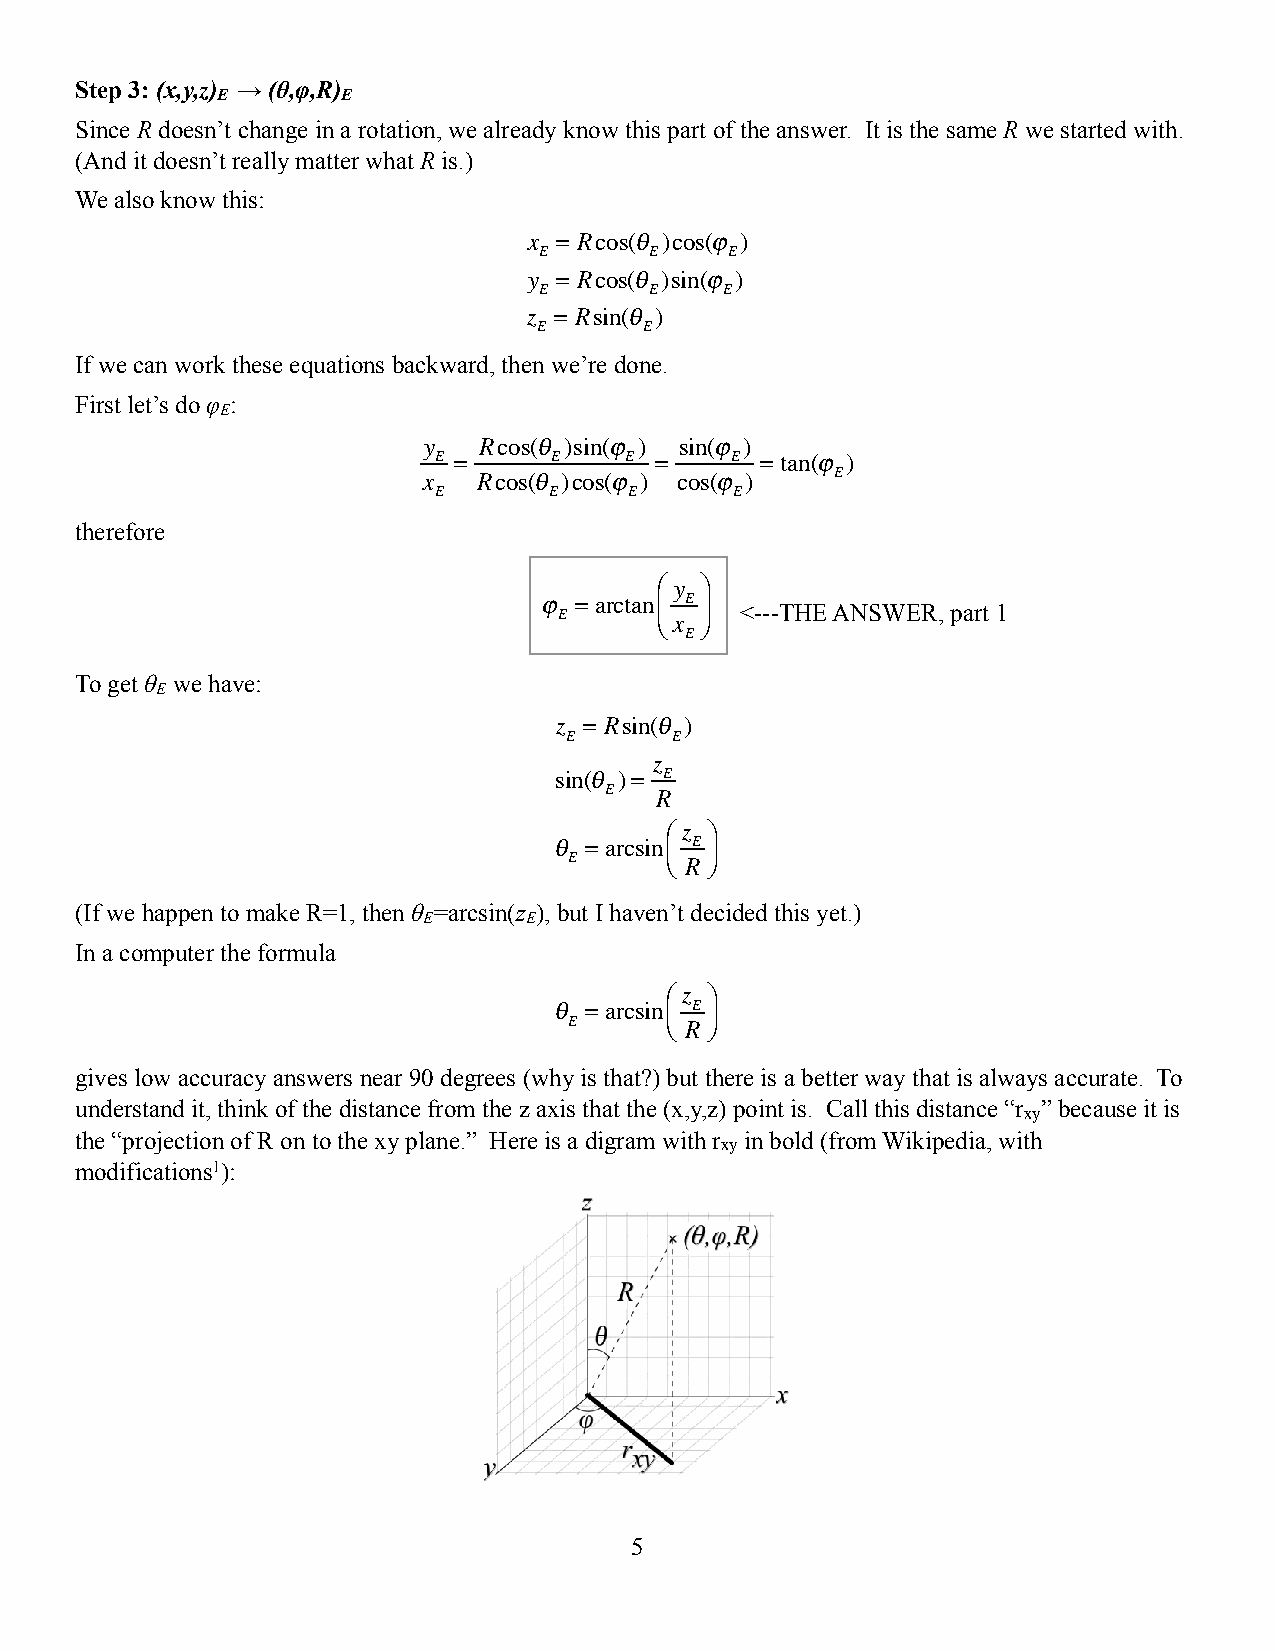
Step 3: (x,y,z) → (θ,φ,R)
 E        E
 Since R doesn’t change in a rotation, we already know this part of the answer. It is the same R we started with.
 (And it doesn’t really matter what R is.)
 We also know this:
 x = Rcos(θ )cos(ϕ )
 E      E    E
 y = Rcos(θ )sin(ϕ )
 E      E    E
 z = Rsin(θ )
 E      E
 If we can work these equations backward, then we’re done.
 First let’s do φ :
 E
 y   Rcos(θ )sin(ϕ ) sin(ϕ )
 E =    E    E =    E = tan(ϕ )
 x   Rcos(θ )cos(ϕ ) cos(ϕ ) E
 E      E     E      E
 therefore
 ⎛ y ⎞
 ϕ =arctan E
 E      ⎝⎜ x ⎠⎟ <---THE ANSWER, part 1
 E
 To get θ we have:
 E
 z = Rsin(θ )
 E      E
 z
 sin(θ )= E
 E  R
 ⎛ z ⎞
 θ =arcsin ⎜ E ⎟
 E     ⎝ R⎠
 (If we happen to make R=1, then θ =arcsin(z ), but I haven’t decided this yet.)
 E      E
 In a computer the formula
 ⎛ z ⎞
 θ =arcsin ⎜ E ⎟
 E     ⎝ R⎠
 gives low accuracy answers near 90 degrees (why is that?) but there is a better way that is always accurate. To
 understand it, think of the distance from the z axis that the (x,y,z) point is. Call this distance “r ” because it is
 xy
 the “projection of R on to the xy plane.” Here is a digram with r in bold (from Wikipedia, with
 xy
 modifications1):
 5